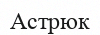
Астрюк